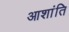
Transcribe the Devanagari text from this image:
आशांति